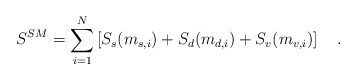
\begin{align*}S^{SM}=\sum_{i=1}^N\left[S_s(m_{s,i})+S_d(m_{d,i})+S_v(m_{v,i})\right]~~~.\end{align*}